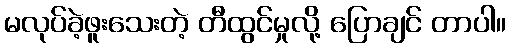
မလုပ်ခဲ့ဖူးသေးတဲ့ တီထွင်မှုလို့ ပြောချင် တာပါ။